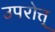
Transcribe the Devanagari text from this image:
उपरोत्त्